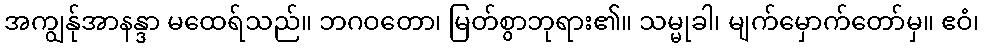
အကျွန်ုအာနန္ဒာ မထေရ်သည်။ ဘဂဝတော၊ မြတ်စွာဘုရား၏။ သမ္မုခါ၊ မျက်မှောက်တော်မှ။ ဧဝံ၊